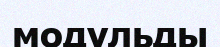
модульды